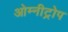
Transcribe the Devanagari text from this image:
ओम्नीट्रोप